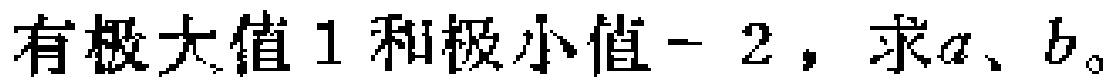
有极大值\(1\)和极小值\(-2\)，求\(a\)、\(b\)。